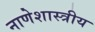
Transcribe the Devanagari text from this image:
नाणेशास्त्रीय